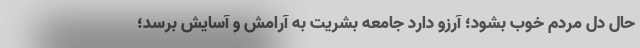
حال دل مردم خوب بشود؛ آرزو دارد جامعه بشریت به آرامش و آسایش برسد؛